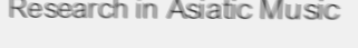
Research in Asiatic Music